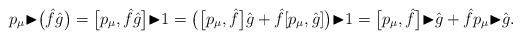
LaTeX: \begin{align*}p_\mu {\blacktriangleright}\big(\hat{f}\hat{g}\big)=\big[p_\mu,\hat{f}\hat{g}\big] {\blacktriangleright}1=\big(\big[p_\mu,\hat{f}\big]\hat{g}+\hat{f}[p_\mu,\hat{g}]\big) {\blacktriangleright}1=\big[p_\mu,\hat{f}\big] {\blacktriangleright}\hat{g}+\hat{f}p_\mu {\blacktriangleright}\hat{g}.\end{align*}